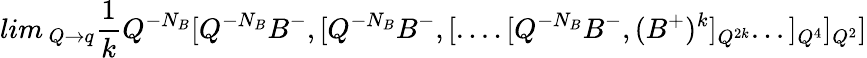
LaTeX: lim\, _{Q\rightarrow q}\frac 1kQ^{-N_{B}}[Q^{-N_{B}}B^{-},[Q^{-N_{B}}B^{-},[....[Q^{-N_{B}}B^{-},(B^{+})^{k}]_{Q^{2k}}...]_{Q^{4}}]_{Q^{2}}]